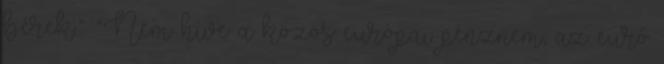
bérek.” “Nem híve a közös európai pénznem, az euró